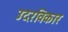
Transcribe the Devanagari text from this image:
उदरविकार